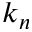
k _ { n }